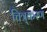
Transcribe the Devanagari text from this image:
चित्र्करण